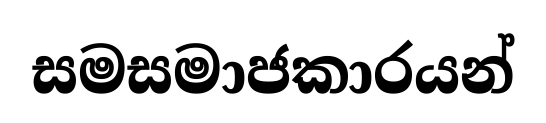
සමසමාජකාරයන්